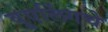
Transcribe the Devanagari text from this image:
वुएलिंगचे